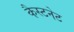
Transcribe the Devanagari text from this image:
कैस्टनेट